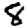
Digit: 8